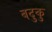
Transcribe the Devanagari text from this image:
बदुकु